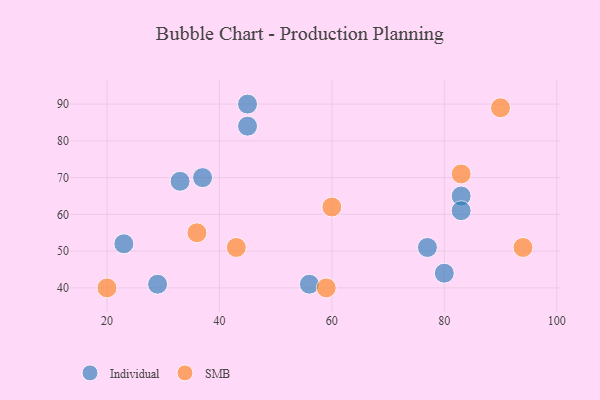
{"axis": {"x": "GDP", "y": "Life Expectancy"}, "legend": ["Individual", "SMB"], "data": [{"x": "77", "y": 51, "type": "Individual"}, {"x": "56", "y": 41, "type": "Individual"}, {"x": "33", "y": 69, "type": "Individual"}, {"x": "29", "y": 41, "type": "Individual"}, {"x": "45", "y": 90, "type": "Individual"}, {"x": "80", "y": 44, "type": "Individual"}, {"x": "23", "y": 52, "type": "Individual"}, {"x": "45", "y": 84, "type": "Individual"}, {"x": "83", "y": 65, "type": "Individual"}, {"x": "37", "y": 70, "type": "Individual"}, {"x": "83", "y": 61, "type": "Individual"}, {"x": "36", "y": 55, "type": "SMB"}, {"x": "94", "y": 51, "type": "SMB"}, {"x": "20", "y": 40, "type": "SMB"}, {"x": "59", "y": 40, "type": "SMB"}, {"x": "43", "y": 51, "type": "SMB"}, {"x": "83", "y": 71, "type": "SMB"}, {"x": "60", "y": 62, "type": "SMB"}, {"x": "90", "y": 89, "type": "SMB"}]}